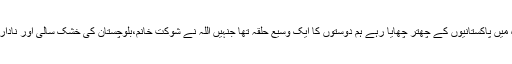
انگلینڈ میں رہے تو پاکستان کا سوچتے رہے جدہ میں پاکستانیوں کے چھتر چھایا رہے ہم دوستوں کا ایک وسیع حلقہ تھا جنہیں اللہ نے شوکت خانم،بلوچستان کی خشک سالی اور نادار بچوں کے لیء تعلیمی ادارے بنانے کا موقع دیا۔